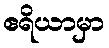
ဧရိယာမှာ